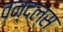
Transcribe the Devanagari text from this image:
वन्दल्स